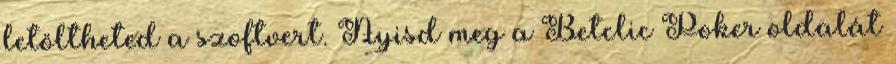
letöltheted a szoftvert. Nyisd meg a Betclic Poker oldalát